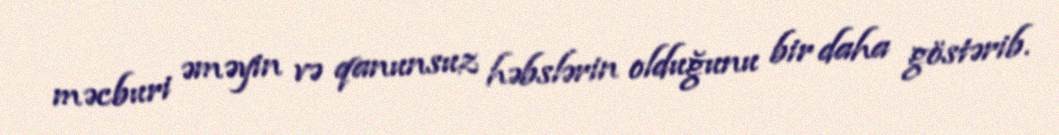
məcburi əməyin və qanunsuz həbslərin olduğunu bir daha göstərib.